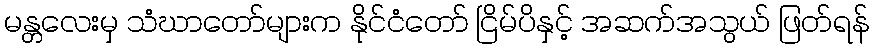
မန္တလေးမှ သံဃာတော်များက နိုင်ငံတော် ငြိမ်ပိနှင့် အဆက်အသွယ် ဖြတ်ရန်